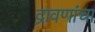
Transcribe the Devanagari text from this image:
द्रावणांचा